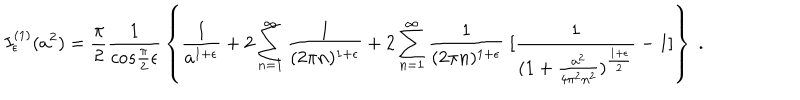
LaTeX: I _ { \epsilon } ^ { ( 1 ) } ( a ^ { 2 } ) = { \frac { \pi } { 2 } } { \frac { 1 } { c o s { \frac { \pi } { 2 } } \epsilon } } \left\{ { \frac { 1 } { a ^ { 1 + \epsilon } } } + 2 \sum _ { n = 1 } ^ { \infty } { \frac { 1 } { ( 2 \pi n ) ^ { 1 + \epsilon } } } + 2 \sum _ { n = 1 } ^ { \infty } { \frac { 1 } { ( 2 \pi n ) ^ { 1 + \epsilon } } } \; [ { \frac { 1 } { ( 1 + { \frac { a ^ { 2 } } { 4 \pi ^ { 2 } n ^ { 2 } } } ) ^ { \frac { 1 + \epsilon } { 2 } } } } - 1 ] \right\} \; .